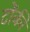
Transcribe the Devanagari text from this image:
टोंकी